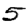
Digit: 5